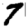
Digit: 7